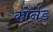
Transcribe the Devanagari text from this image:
कोर्नड